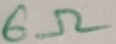
Text: 6Ω